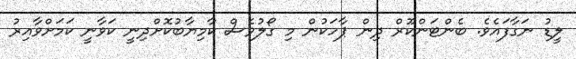
ލީޑު ނަގާފައެވެ. ބެންޓަންކޫރް ދިން ޕާހަކުން މި ގޯލުވެސް ކާމިޔާބުކޮށްދިނީ ކަވާނީ ކަމަށްވާއިރު